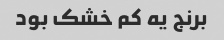
برنج یه کم خشک بود